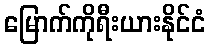
မြောက်ကိုရီးယားနိုင်ငံ